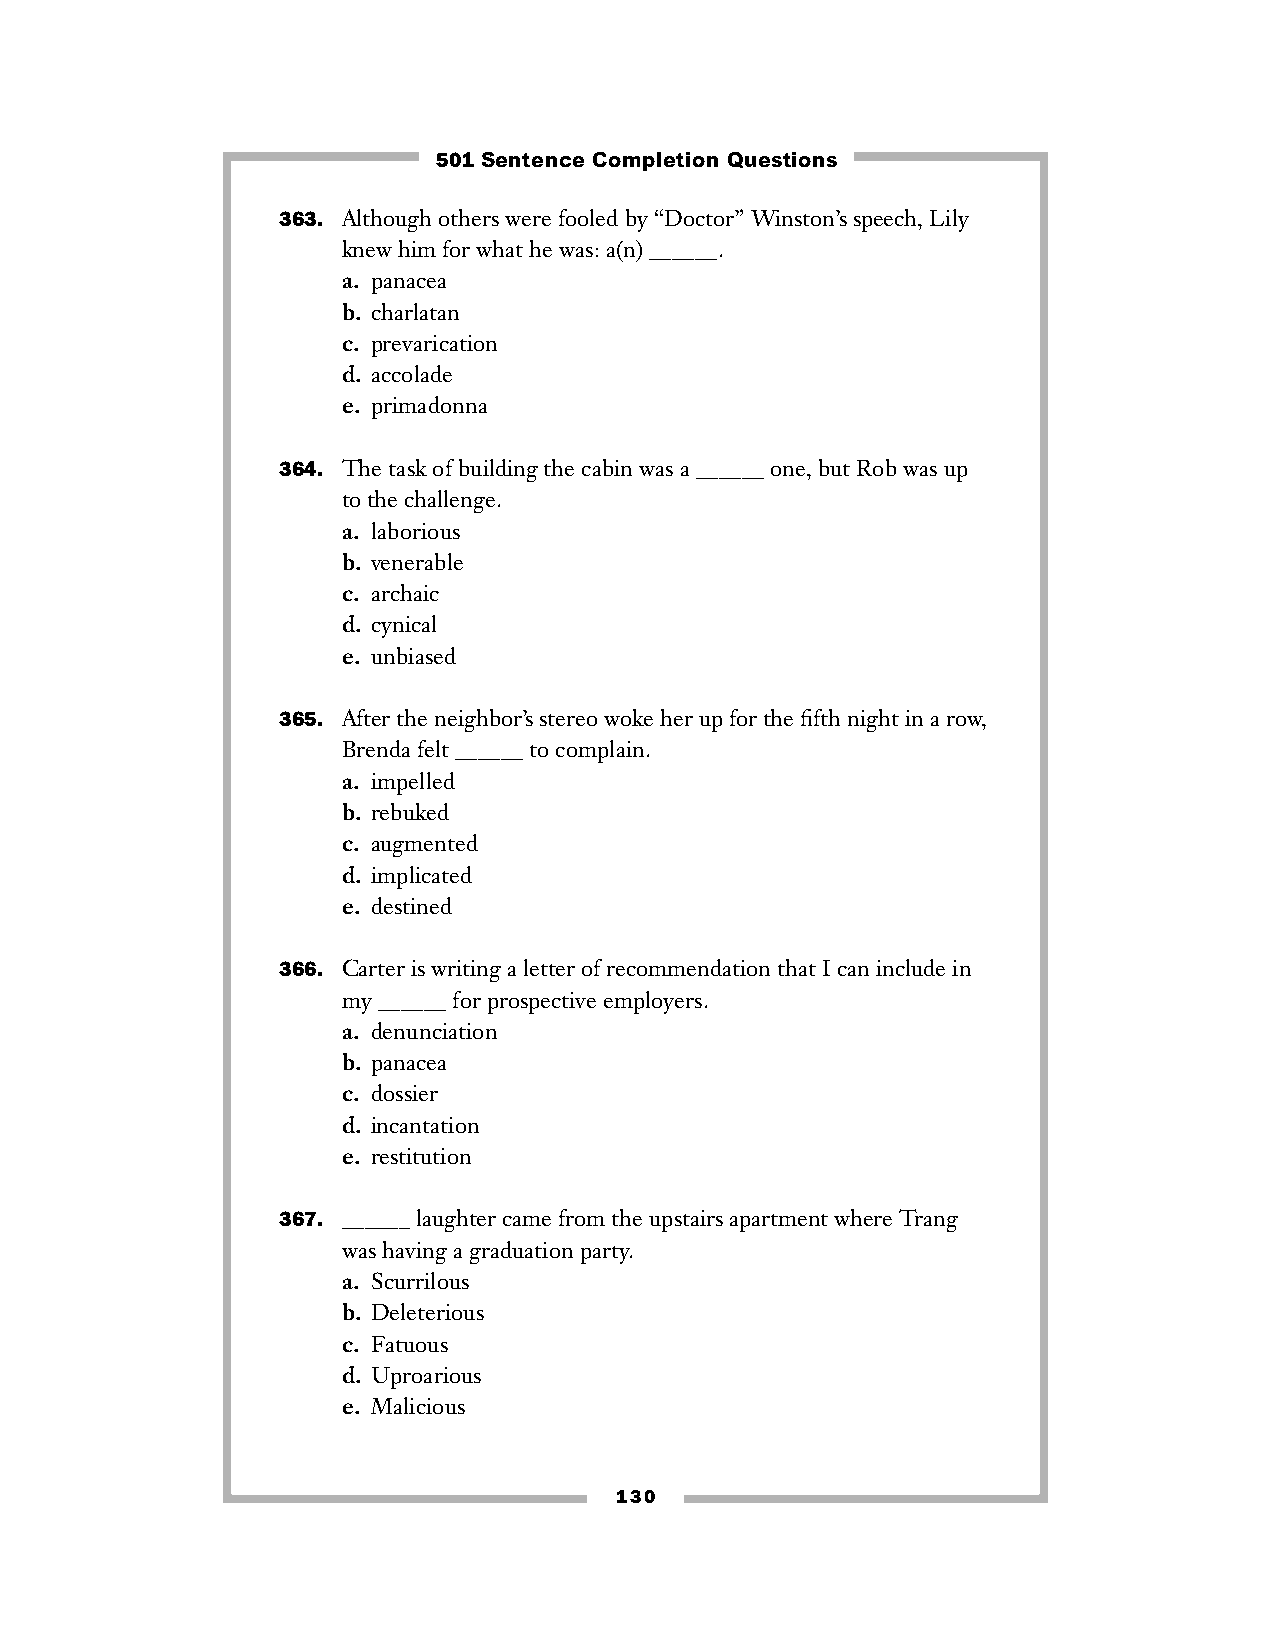
501 Sentence Completion Questions
 363. Although others were fooled by “Doctor” Winston’s speech, Lily
 knew him for what he was: a(n) ______.
 a. panacea
 b. charlatan
 c. prevarication
 d. accolade
 e. primadonna
 364. The task of building the cabin was a ______ one, but Rob was up
 to the challenge.
 a. laborious
 b. venerable
 c. archaic
 d. cynical
 e. unbiased
 365. After the neighbor’s stereo woke her up for the fifth night in a row,
 Brenda felt ______ to complain.
 a. impelled
 b. rebuked
 c. augmented
 d. implicated
 e. destined
 366. Carter is writing a letter of recommendation that I can include in
 my ______ for prospective employers.
 a. denunciation
 b. panacea
 c. dossier
 d. incantation
 e. restitution
 367. ______ laughter came from the upstairs apartment where Trang
 was having a graduation party.
 a. Scurrilous
 b. Deleterious
 c. Fatuous
 d. Uproarious
 e. Malicious
 130